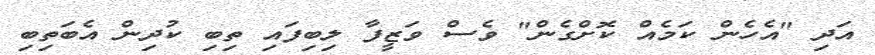
އަދި "އެހެން ކަމެއް ކޮށްގެން" ވެސް ވަޒީފާ ލިބިފައި ތިބި ކުދިން އެބަތިބި